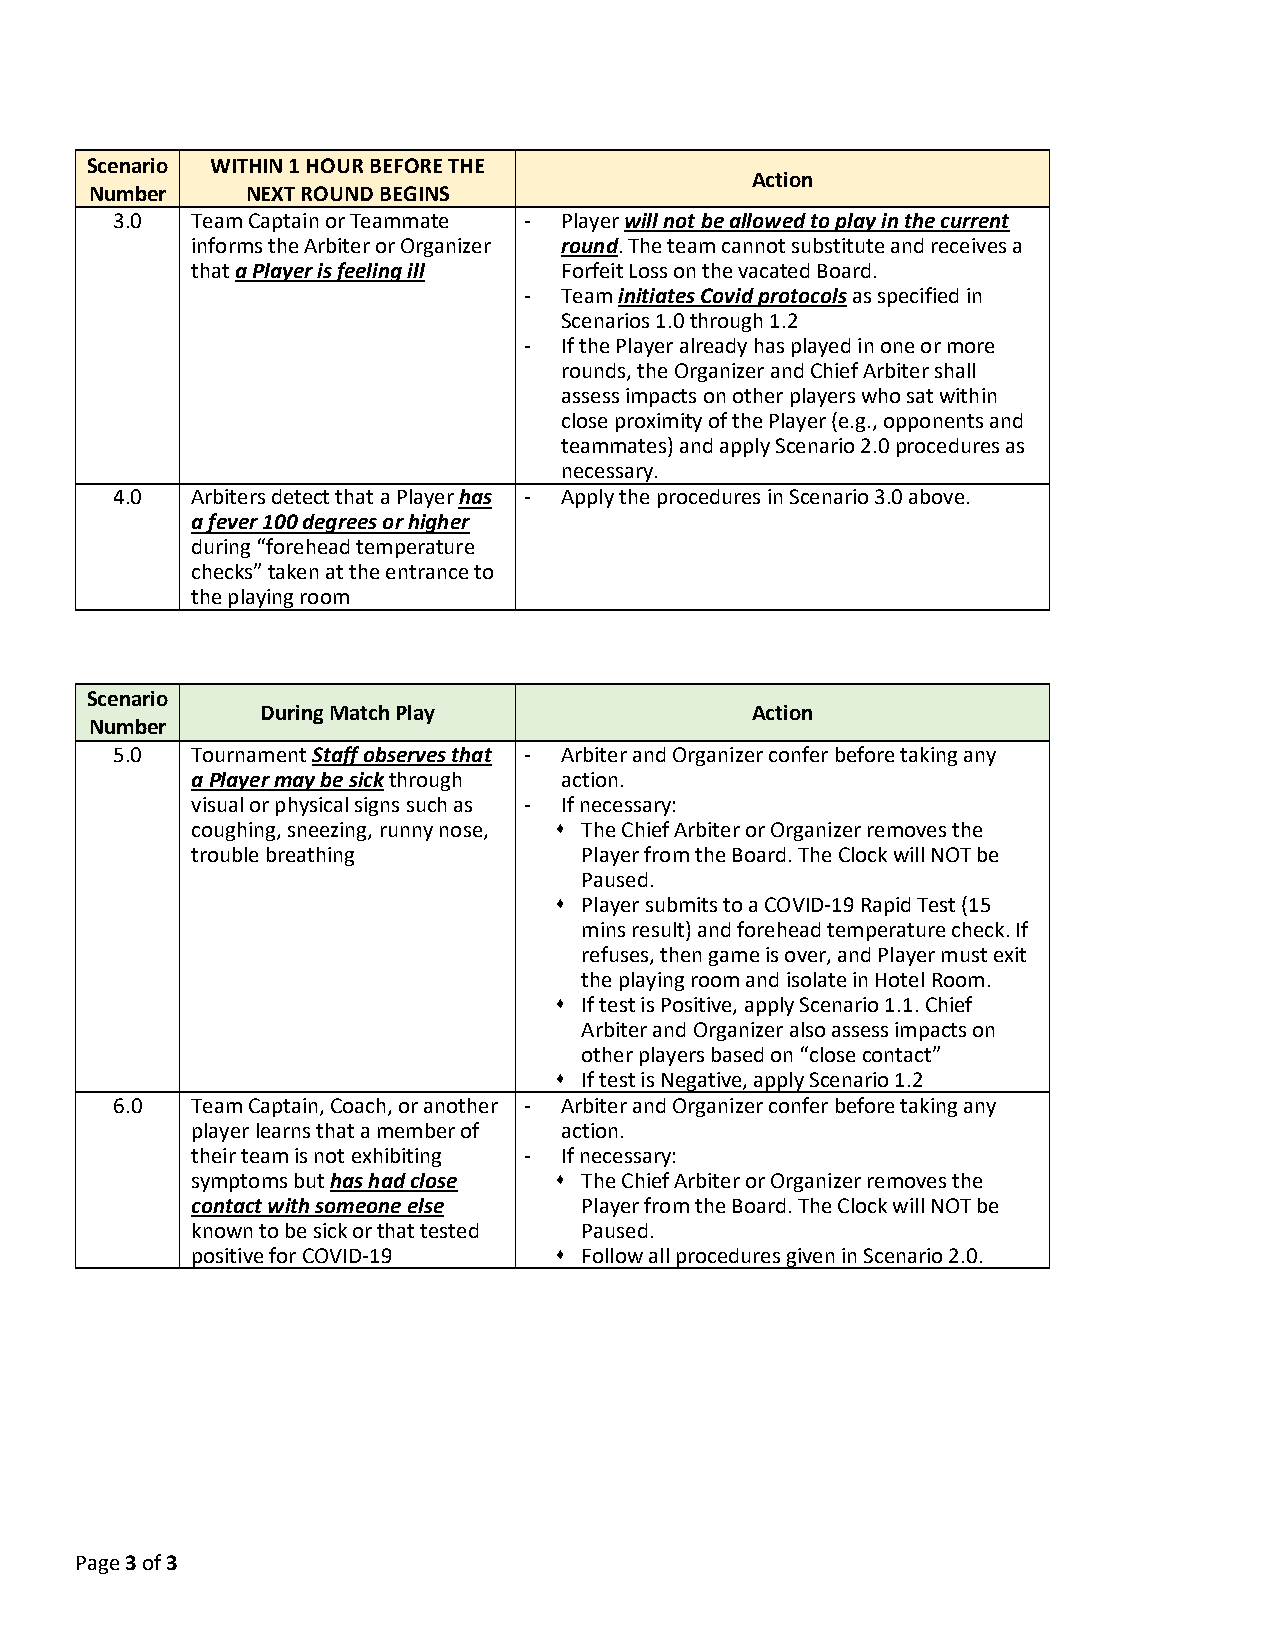
Scenario WITHIN 1 HOUR BEFORE THE
 Action
 Number    NEXT ROUND BEGINS
 3.0   Team Captain or Teammate - Player will not be allowed to play in the current
 informs the Arbiter or Organizer round. The team cannot substitute and receives a
 that a Player is feeling ill Forfeit Loss on the vacated Board.
 - Team initiates Covid protocols as specified in
 Scenarios 1.0 through 1.2
 - If the Player already has played in one or more
 rounds, the Organizer and Chief Arbiter shall
 assess impacts on other players who sat within
 close proximity of the Player (e.g., opponents and
 teammates) and apply Scenario 2.0 procedures as
 necessary.
 4.0   Arbiters detect that a Player has - Apply the procedures in Scenario 3.0 above.
 a fever 100 degrees or higher
 during “forehead temperature
 checks” taken at the entrance to
 the playing room
 Scenario
 During Match Play                Action
 Number
 5.0   Tournament Staff observes that - Arbiter and Organizer confer before taking any
 a Player may be sick through action.
 visual or physical signs such as - If necessary:
 coughing, sneezing, runny nose, ⬧ The Chief Arbiter or Organizer removes the
 trouble breathing        Player from the Board. The Clock will NOT be
 Paused.
 ⬧ Player submits to a COVID-19 Rapid Test (15
 mins result) and forehead temperature check. If
 refuses, then game is over, and Player must exit
 the playing room and isolate in Hotel Room.
 ⬧ If test is Positive, apply Scenario 1.1. Chief
 Arbiter and Organizer also assess impacts on
 other players based on “close contact”
 ⬧ If test is Negative, apply Scenario 1.2
 6.0   Team Captain, Coach, or another - Arbiter and Organizer confer before taking any
 player learns that a member of action.
 their team is not exhibiting - If necessary:
 symptoms but has had close ⬧ The Chief Arbiter or Organizer removes the
 contact with someone else Player from the Board. The Clock will NOT be
 known to be sick or that tested Paused.
 positive for COVID-19   ⬧ Follow all procedures given in Scenario 2.0.
 Page 3 of 3